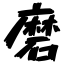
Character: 磨